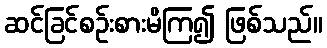
ဆင်ခြင်စဉ်းစားမိကြ၍ ဖြစ်သည်။